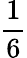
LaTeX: \frac{1}{6}